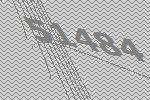
51484